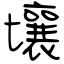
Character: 壤